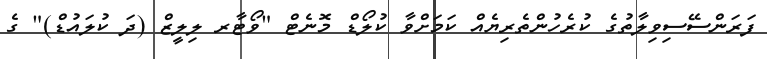
ފަރަންސޭސިވިލާތުގެ ކުރެހުންތެރިޔެއް ކަމަށްވާ ކުލޯޑް މޮނެޓް "ވޯޓާރ ލިލީޒް (ދަ ކުލައުޑް)" ގެ